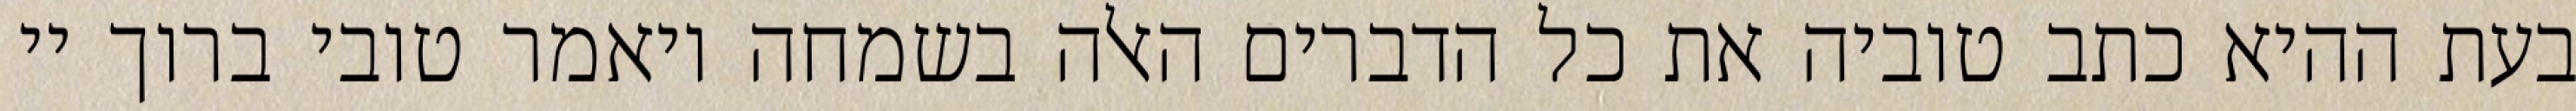
בעת ההיא כתב טוביה את כל הדברים האלה בשמחה ויאמר טובי ברוך יי